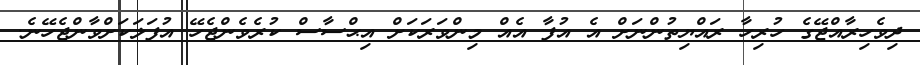
ދިވެހިރާއްޖޭގެ ހުރިހާ ރައްޔިތުންނަށް އެ އުފާ އެއް މިންވަރަކަށް އިޙްސާސް ކުރެވެންޖެހޭ އުފަލަކަށްވާންޖެހޭނެ.